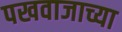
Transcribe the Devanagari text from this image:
पखवाजाच्या